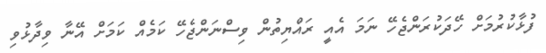
ފުޅާކުރުމަށް ހޭދަކުރަންޖެހޭ ނަމަ އެއީ ރައްޔިތުން ވިސްނަންޖެހޭ ކަމެއް ކަމަށް އޭނާ ވިދާޅުވި